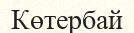
Көтербай